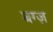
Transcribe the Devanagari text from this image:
बग्ज़